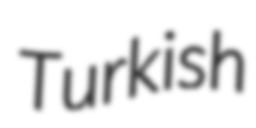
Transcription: Turkish